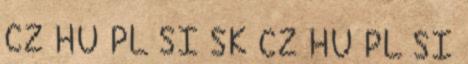
CZ HU PL SI SK CZ HU PL SI